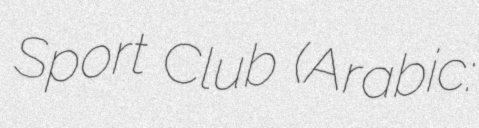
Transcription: Sport Club (Arabic: